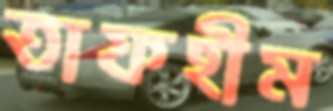
তাফহীম